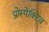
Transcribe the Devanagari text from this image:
प्रोस्पेक्टिव